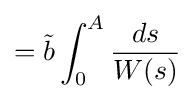
={\tilde {b}}\int _{0}^{A}{\frac {ds}{W(s)}}